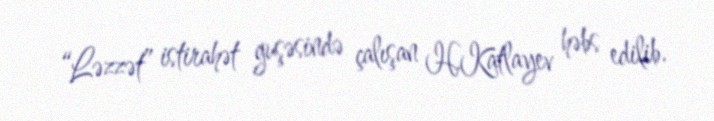
“Ləzzət” istirahət guşəsində çalışan H.Katlayev həbs edilib.